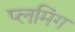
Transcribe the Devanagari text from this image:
प्लमिंग